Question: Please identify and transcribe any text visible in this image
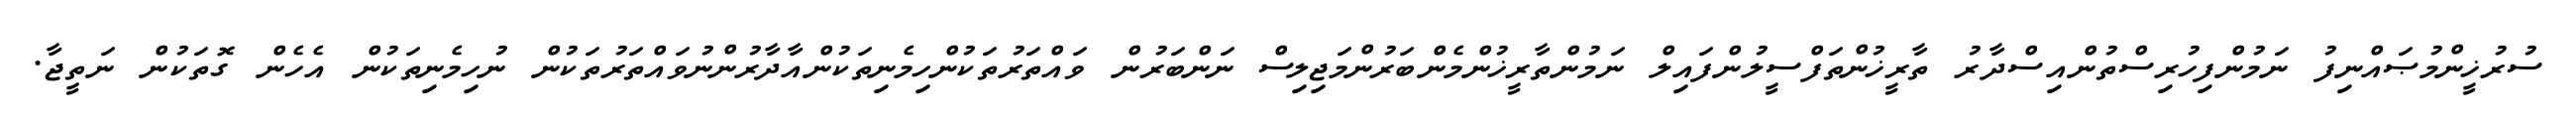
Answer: ސުރުޚީންމުޞައްނިފު ނަމުންފިހުރިސްތުންއިސްދާރު ތާރީޚުންތަފްސީލުންފައިލް ނަމުންތާރީޚުންމެންބަރުންމަޖިލިސް ނަންބަރުން ވައްތަރުތަކުންހިމެނިތަކުންއާދާރުންނުވައްތަރުތަކުން ނުހިމެނިތަކުން އެހެން ގޮތަކުން ނަތީޖާ.